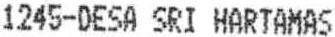
1245-DESA SRI HARTAMAS